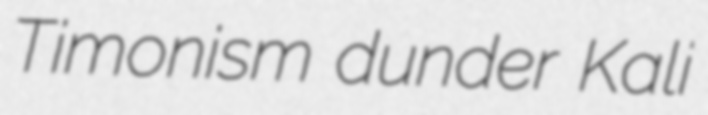
Timonism dunder Kali